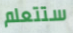
ستتعلم